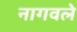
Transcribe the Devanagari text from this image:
नागवले